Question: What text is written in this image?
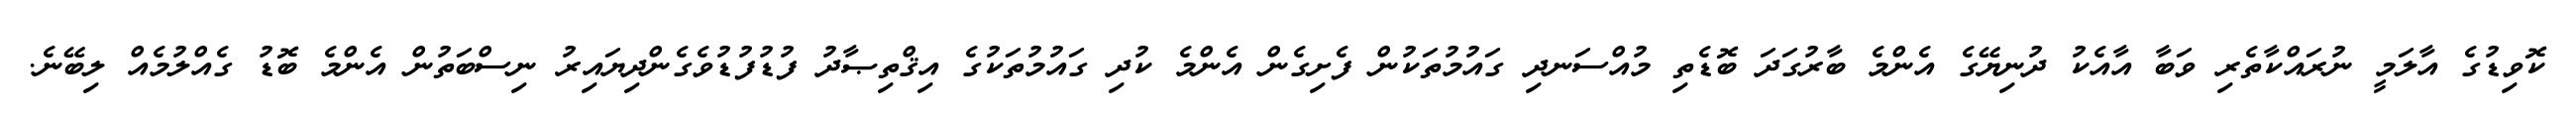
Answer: ކޮވިޑުގެ އާލަމީ ނުރައްކާތެރި ވަބާ އާއެކު ދުނިޔޭގެ އެންމެ ބާރުގަދަ ބޮޑެތި މުއްސަނދި ގައުމުތަކުން ފެށިގެން އެންމެ ކުދި ގައުމުތަކުގެ އިޤްތިޞާދު ފުޑުފުޑުވެގެންދިޔައިރު ނިސްބަތުން އެންމެ ބޮޑު ގެއްލުމެއް ލިބޭނެ.